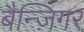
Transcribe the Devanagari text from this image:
बैन्ज़िगर